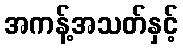
အကန့်အသတ်နှင့်